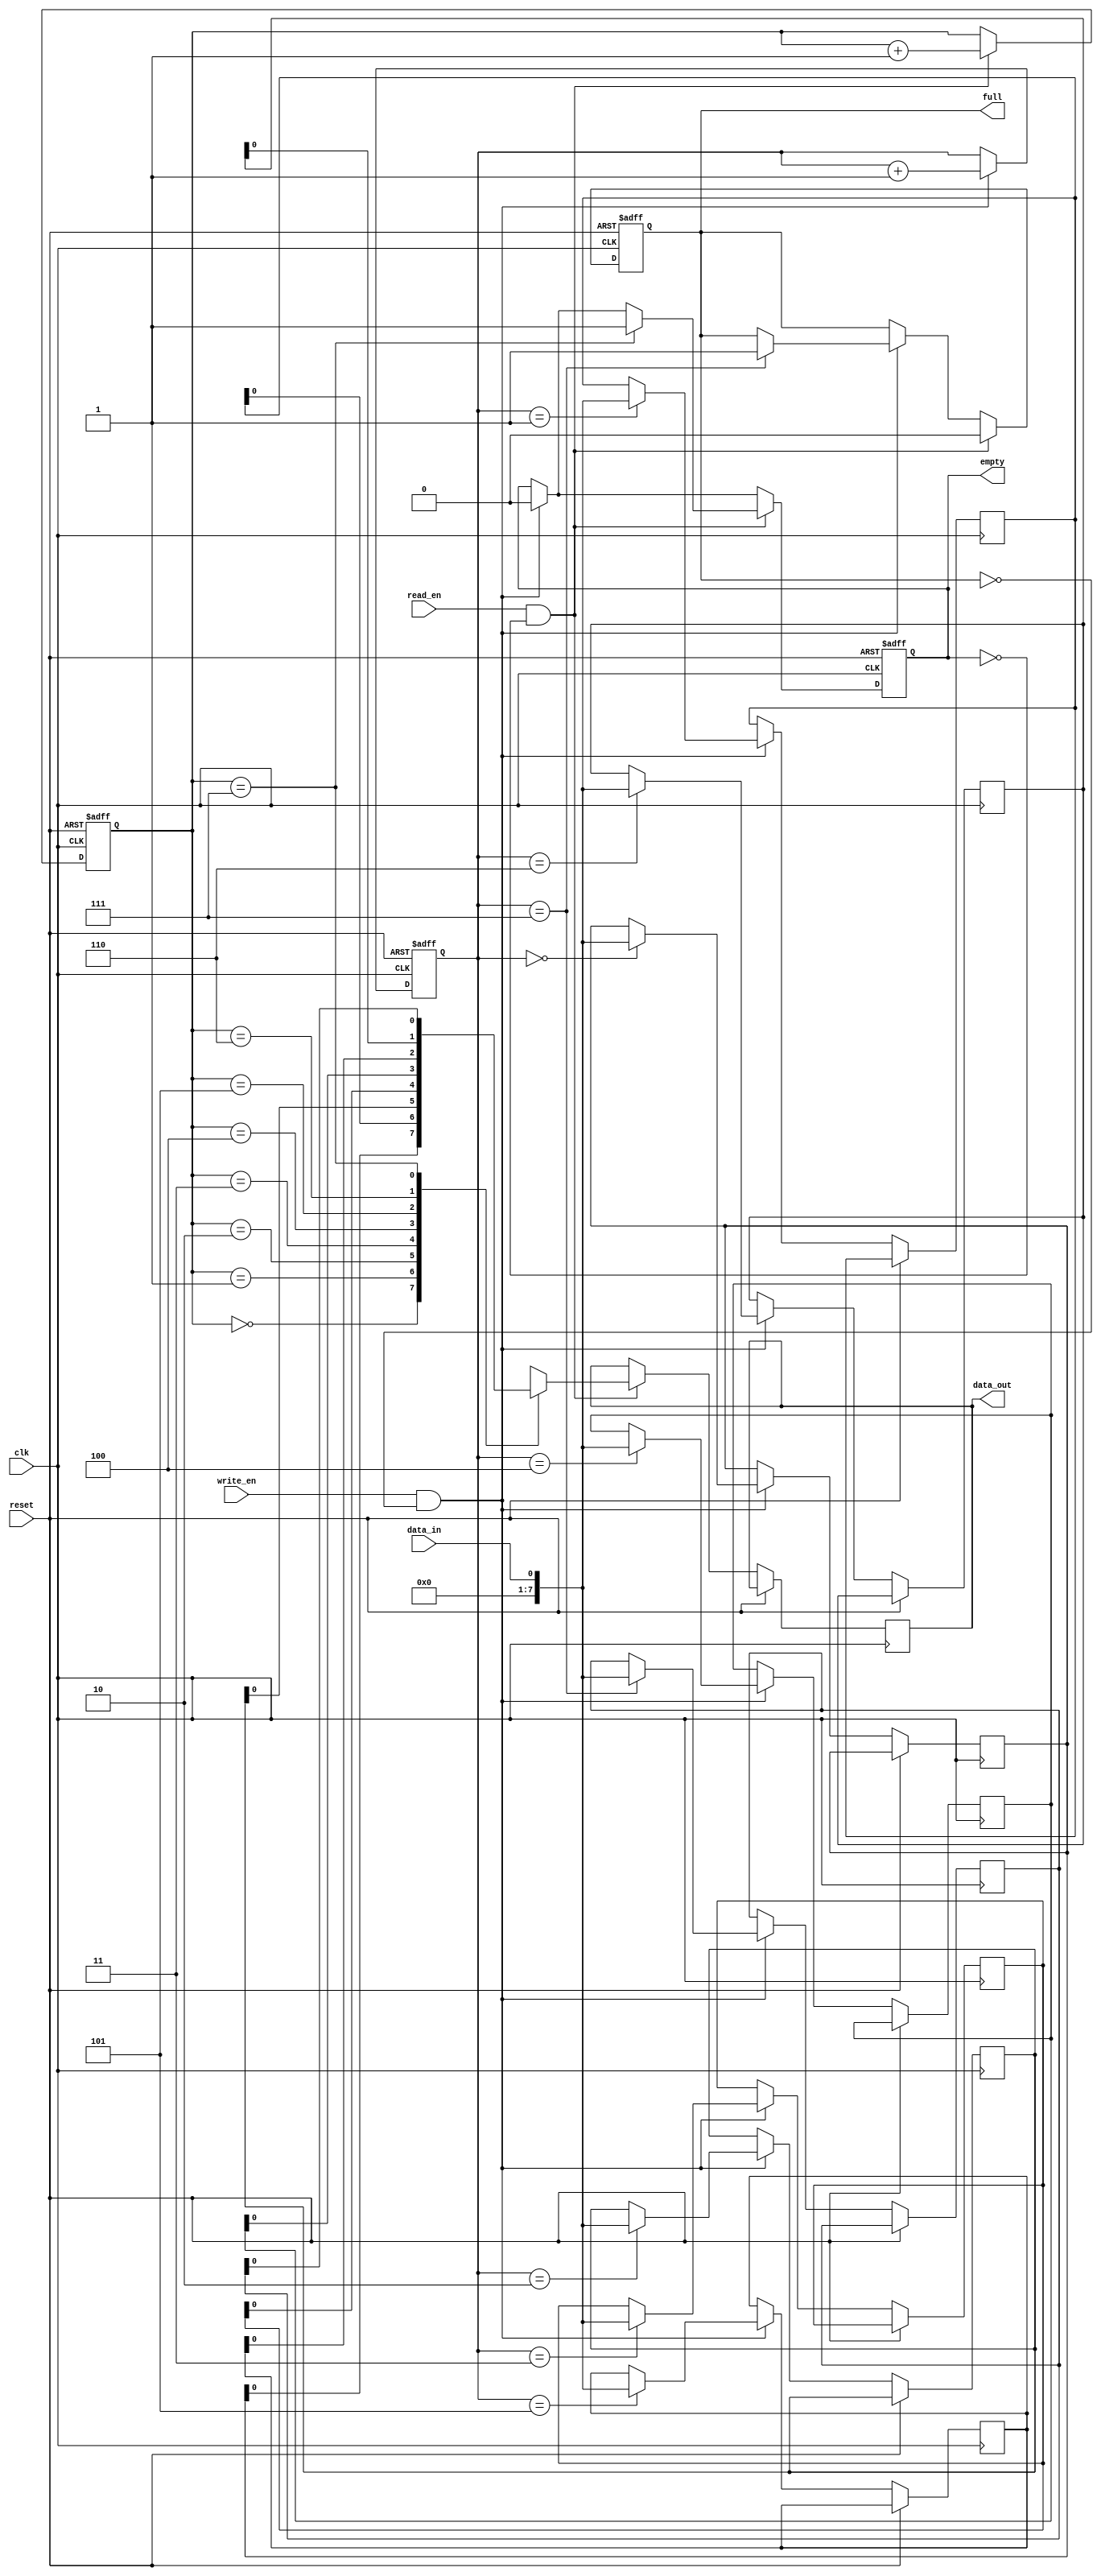
module bidirectional_fifo (
    input wire clk,
    input wire reset,
    input wire write_en,
    input wire read_en,
    input wire data_in,
    output wire data_out,
    output reg full,
    output reg empty
);

parameter FIFO_DEPTH = 8;
reg [7:0] fifo_memory [0:FIFO_DEPTH-1];
reg [2:0] write_pointer, read_pointer;

always @(posedge clk or posedge reset) begin
    if (reset) begin
        write_pointer <= 0;
        read_pointer <= 0;
        full <= 0;
        empty <= 1;
    end else begin
        if (write_en && !full) begin
            fifo_memory[write_pointer] <= data_in;
            write_pointer <= write_pointer + 1;
            if (write_pointer == FIFO_DEPTH-1) begin
                full <= 1;
            end
            empty <= 0;
        end
        
        if (read_en && !empty) begin
            data_out <= fifo_memory[read_pointer];
            read_pointer <= read_pointer + 1;
            if (read_pointer == FIFO_DEPTH-1) begin
                empty <= 1;
            end
            full <= 0;
        end
    end
end

endmodule